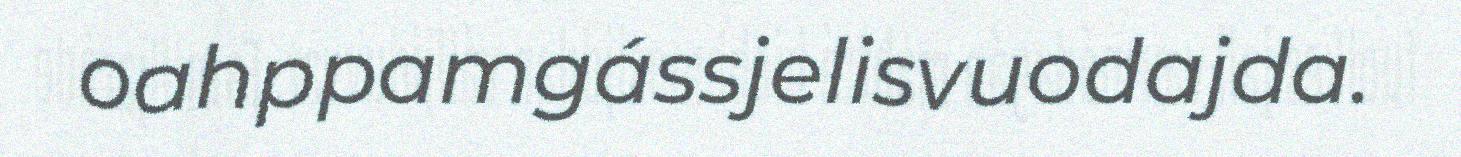
oahppamgássjelisvuodajda.